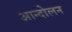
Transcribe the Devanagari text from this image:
आन्दोेलन